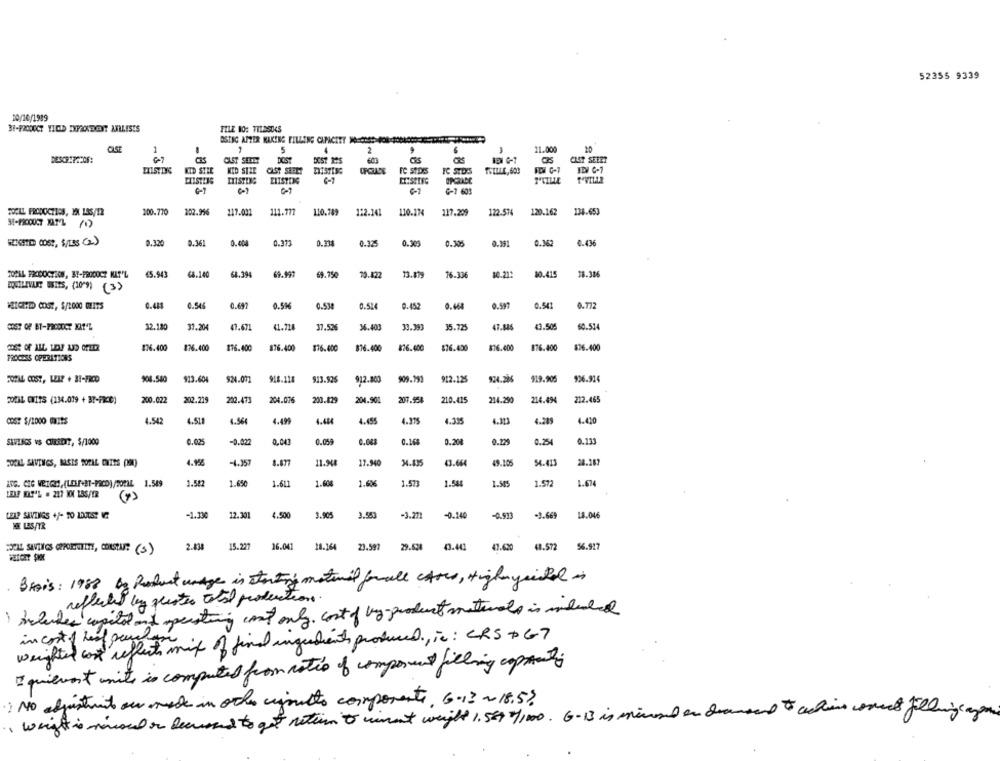
52355 9339
10/10/1989
TILE NO: TILDSOCS
BSING AFZER MAKING FILLERS CAPACITY ACH
CASE
1
5
2
21.000
DESCR:PACO6:
CLET SETET
DOST PS
CLOT SEERT
KID STIE
MID SIZE
CAST SEPET
EXISTING
FC StDIS
FC STDYS
FDA G-7
JDV C-1
ELISTDIG
OPCNICE
6-7
G-1 603
TOCALL FRODOCHIOS, YA LES/T2
200.770
102.956
117.031
111.777
110.789
122.241
110.274
117.209
122.57
120.162
138.65
ST-PRODUCT MAIL (1)
0.320
0.361
2.004
0.373
0.334
0.325
0.305
0.305
9.391
0.352
0.436
TOPAL PRODUCTION, BY-PRODUCT NAT'L
65.943
68.394
69.750
0.822
13.199
6.336
10.21:
10.415
18.38
QUILIVUNE WSITS, (10-9) (3)
C.481
0.545
0.697
0.5H
0.538
0.452
0.468
0.597
0.541
0.772
MERCIADD COST, $/2000 WHITS
0.524
32.120
37.204
47.671
41.714
37.526
36.403
39.991
35.725
47.845
43.50%
60.514
$76.400
876.400
116.400
876.400
$76.400
876.400
836.400
$76.450
876.400
176.400
$26.400
PROCESS OPERATIONS
908.580
$13.604
$24.071
918.128
913.525
912.400
909.193
912.125
924.286
$19.905
936.914
2OCAL CHIPS (134.079 + B7-FRC0)
200.022
202.219
202.473
204.076
200.829
204.901
207.554
210.415
214.290
214.494
212.465
4.542
4.518
4.564
4.499
4.484
4.455
4.375
4.315
4.289
4.410
SIVLACS vs CIKADIT, $/1000
0.025
-0.022
0,043
0.059
0.083
0.168
0.208
0.2%
0.254
0.131
COCIL SAVINGS, BASIS TOPAL CATES POR)
-4.357
8.877
11.94
17.940
43.664
49.105
54.413
24.187
ING. CIC WETRY, (LESE-BT-PRCD) /2021L 1.589
1.582
1.650
1.611
1.600
1.606
1.573
1.544
1.505
1.572
1.674
LEAP SAVINGS +/- 20 1DIESE VE
-1.330
12.301
4.500
1.905
3.553
-3.271
0.140
-3.669
NIE LES/TR
2-438
15.227
26.041
11.164
23.597
29.628
43.441
47.620
48.572
5%.927
EL SITIOS PRINTET, CONSTAM? (3)
Brais: 1988 by Product undge is starting material forall cases, High youtali
reflected ley questen total protection
Inderves capital and operating can't only, cost of by-product materials is indeed
weighted cost reflects mix of find ingredients produced , ic: CRS +G7
in cost of heat peace
I quievent unite is computed from notion of composed filling copments
) NO distrito au made in och cijmuito componente, 6-12 ~ 18.5?
, weight is mensual on Decused to get return to winst weight 1.599 /1000. G-13 is mirused on dramaand to achieve correct fillingcanyon